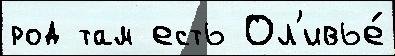
род там есть Ол'ивье́